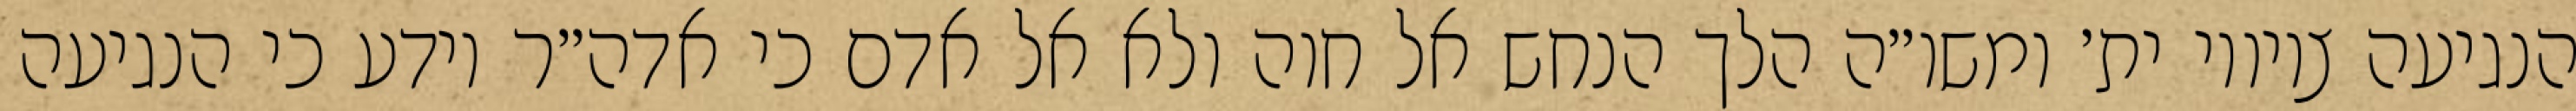
הנגיעה ציוויו ית׳ ומשו״ה הלך הנחש אל חוה ולא אל אדם כי אדה״ר יודע כי הנגיעה